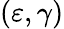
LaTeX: (\varepsilon,\gamma)